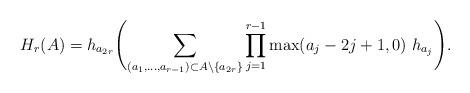
LaTeX: \begin{gather*} H_{r}(A)= h_{a_{2r}} \Biggl( \sum_{(a_1,\ldots,a_{r-1}) \subset A {\setminus} \{a_{2r} \}} \prod_{j=1}^{r-1} \max(a_j-2j+1,0)~h_{a_{j}} \Biggr).\end{gather*}